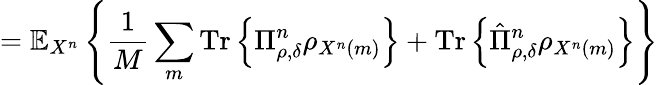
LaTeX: =\mathbb{E}_{X^{n}}\left\{ {\frac{1}{M}}\sum_{m}{\mathrm{Tr}}\left\{ \Pi_{\rho,\delta}^{n}\rho_{X^{n}\left(m\right)}\right\} +{\mathrm{Tr}}\left\{ {\hat{\Pi}}_{\rho,\delta}^{n}\rho_{X^{n}\left(m\right)}\right\} \right\}